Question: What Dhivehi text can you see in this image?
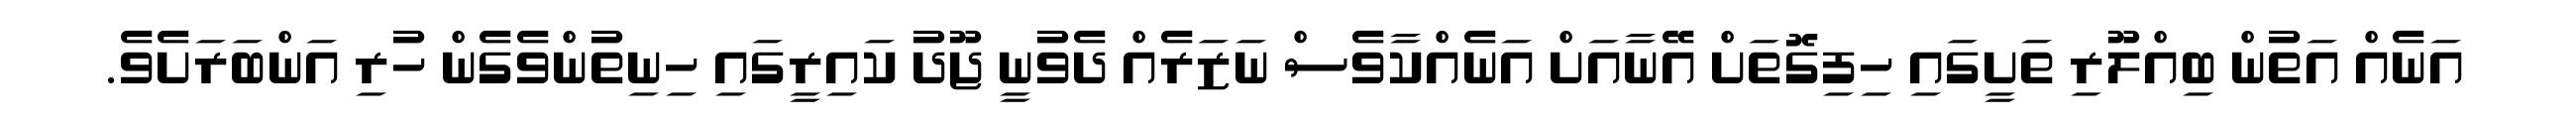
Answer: އަނެއް އަތުން ބިއްލޫރި ތަށީގައި ހިފިގޮތަށް އޭނާއަށް އަނެއްކާވެސް ނަޒަރެއް ދެވުނީ ޖޫދު ކައިރީގައި ހިނިތުންވެގެން ހުރި އަންބަރަށެވެ.